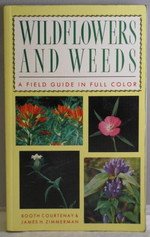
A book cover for Wildflowers and Weeds: A Field Guide in Full Color; Booth Courtenay; Crafts, Hobbies & Home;